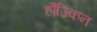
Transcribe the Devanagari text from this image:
हौज्किन